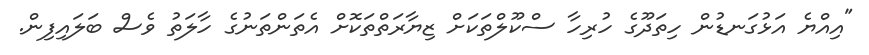
"އިއްޔެ އަޅުގަނޑުން ހިތަދޫގެ ހުރިހާ ސްކޫލްތަކަށް ޒިޔާރަތްތަކޮށް އެތަންތަނުގެ ހާލަތު ވެސް ބަލައިފިން.